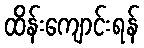
ထိန်းကျောင်းရန်